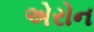
એરોન